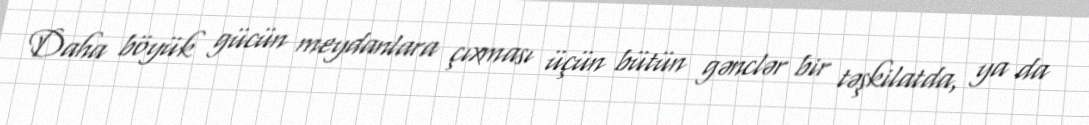
Daha böyük gücün meydanlara çıxması üçün bütün gənclər bir təşkilatda, ya da